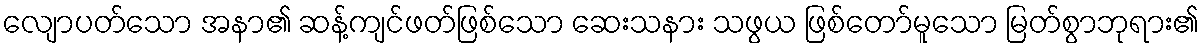
လျောပတ်သော အနာ၏ ဆန့်ကျင်ဖတ်ဖြစ်သော ဆေးသနား သဖွယ ဖြစ်တော်မူသော မြတ်စွာဘုရား၏